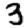
Digit: 3